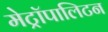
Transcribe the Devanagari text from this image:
मेट्रॉपालिटन